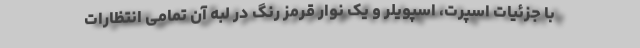
با جزئیات اسپرت، اسپویلر و یک نوار قرمز رنگ در لبه آن تمامی انتظارات